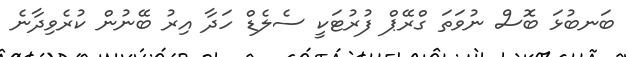
ބަނބުޅަ ބޮސް ނުވަތަ ގްރޭޕް ފުރުޓަކީ ސެލެޑް ހަދާ އިރު ބޭނުން ކުރެވިދާނެ